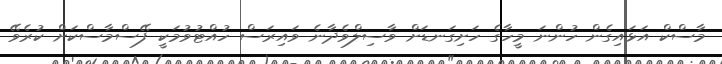
މާސްކް އަޅައިގެން ހުންނަ މީހާގެ ހަށިގަނޑަށް ވާސިލްވެދާނެ ވައިރަސް ހުއްޓުވުމަކީ ފޭސްމާސްކަށް ކުރެވޭ